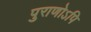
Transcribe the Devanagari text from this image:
पुराणोऽपि